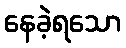
နေခဲ့ရသော